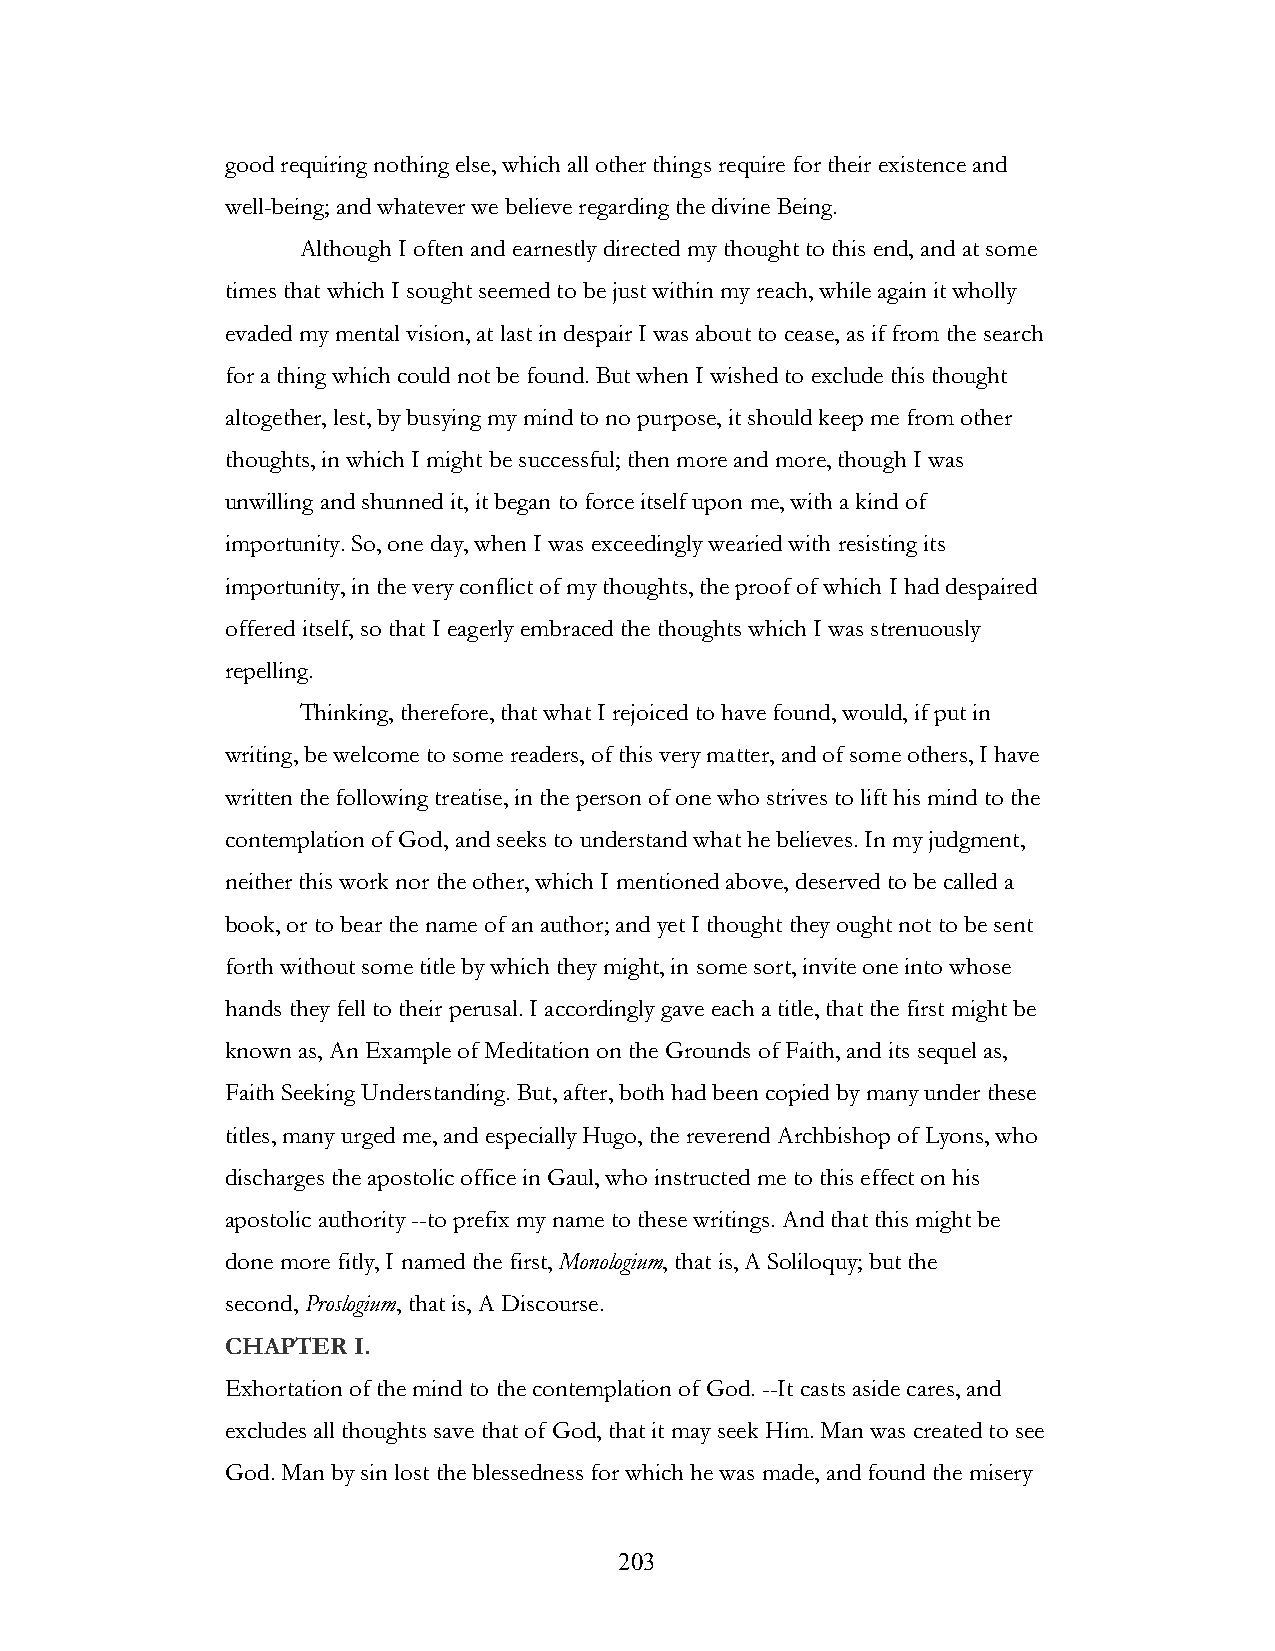
good requiring nothing else, which all other things require for their existence and
 well-being; and whatever we believe regarding the divine Being.
 Although I often and earnestly directed my thought to this end, and at some
 times that which I sought seemed to be just within my reach, while again it wholly
 evaded my mental vision, at last in despair I was about to cease, as if from the search
 for a thing which could not be found. But when I wished to exclude this thought
 altogether, lest, by busying my mind to no purpose, it should keep me from other
 thoughts, in which I might be successful; then more and more, though I was
 unwilling and shunned it, it began to force itself upon me, with a kind of
 importunity. So, one day, when I was exceedingly wearied with resisting its
 importunity, in the very conflict of my thoughts, the proof of which I had despaired
 offered itself, so that I eagerly embraced the thoughts which I was strenuously
 repelling.
 Thinking, therefore, that what I rejoiced to have found, would, if put in
 writing, be welcome to some readers, of this very matter, and of some others, I have
 written the following treatise, in the person of one who strives to lift his mind to the
 contemplation of God, and seeks to understand what he believes. In my judgment,
 neither this work nor the other, which I mentioned above, deserved to be called a
 book, or to bear the name of an author; and yet I thought they ought not to be sent
 forth without some title by which they might, in some sort, invite one into whose
 hands they fell to their perusal. I accordingly gave each a title, that the first might be
 known as, An Example of Meditation on the Grounds of Faith, and its sequel as,
 Faith Seeking Understanding. But, after, both had been copied by many under these
 titles, many urged me, and especially Hugo, the reverend Archbishop of Lyons, who
 discharges the apostolic office in Gaul, who instructed me to this effect on his
 apostolic authority --to prefix my name to these writings. And that this might be
 done more fitly, I named the first, Monologium, that is, A Soliloquy; but the
 second, Proslogium, that is, A Discourse.
 CHAPTER I.
 Exhortation of the mind to the contemplation of God. --It casts aside cares, and
 excludes all thoughts save that of God, that it may seek Him. Man was created to see
 God. Man by sin lost the blessedness for which he was made, and found the misery
 !                         203